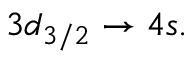
3 d _ { 3 / 2 } \rightarrow 4 s .